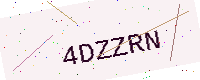
Text: 4DZZRN